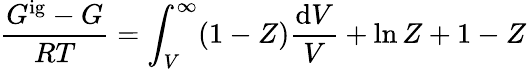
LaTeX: {\frac{G^{\mathrm{ig}}-G}{RT}}=\int_{V}^{\infty}(1-Z){\frac{\mathrm{d}V}{V}}+\ln Z+1-Z